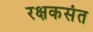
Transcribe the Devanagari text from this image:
रक्षकसंत